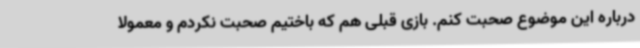
درباره این موضوع صحبت کنم. بازی قبلی هم که باختیم صحبت نکردم و معمولا